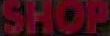
SHOP